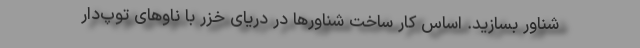
شناور بسازید. اساس کار ساخت شناورها در دریای خزر با ناوهای توپ‌دار